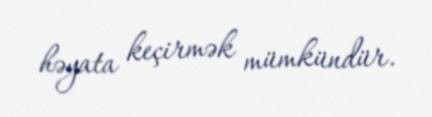
həyata keçirmək mümkündür.